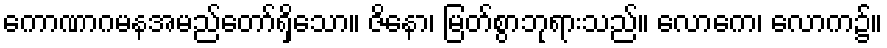
ကောဏာဂမနအမည်တော်ရှိသော။ ဇိနော၊ မြတ်စွာဘုရားသည်။ လောကေ၊ လောက၌။